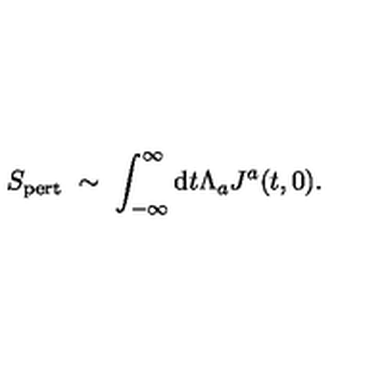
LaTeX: S _ { \mathrm { p e r t } } \ \sim \ \int _ { - \infty } ^ { \infty } \mathrm { d } t \Lambda _ { a } J ^ { a } ( t , 0 ) .